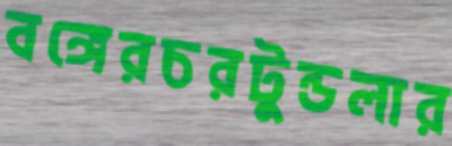
বঙ্গেরচরটুন্ডলার